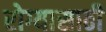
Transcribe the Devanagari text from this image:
रोग्यासाठी